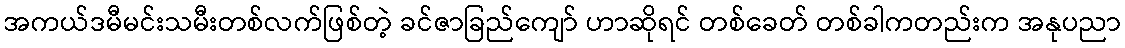
အကယ်ဒမီမင်းသမီးတစ်လက်ဖြစ်တဲ့ ခင်ဇာခြည်ကျော် ဟာဆိုရင် တစ်ခေတ် တစ်ခါကတည်းက အနုပညာ